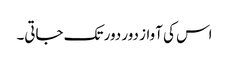
اس کی آواز دور دور تک جاتی۔